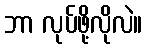
ဘာ လုပ်ဖို့လိုလဲ။